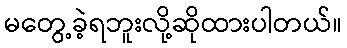
မတွေ့ခဲ့ရဘူးလို့ဆိုထားပါတယ်။